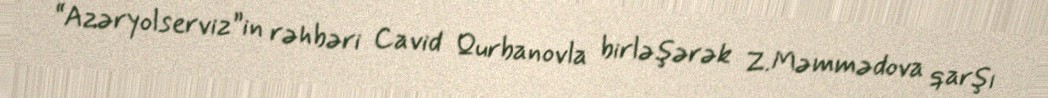
“Azəryolserviz”in rəhbəri Cavid Qurbanovla birləşərək Z.Məmmədova qarşı